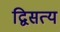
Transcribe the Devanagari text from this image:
द्विसत्य